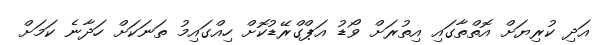
އަދި ކުރިޔަށް އޮތްތާގައި އިތުރަށް ވޯޑު އަޕްގްރޭޑުކޮށް ހިއްގައިމު ތަނަކަށް ހަދާނެ ކަމަށް